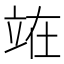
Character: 𫞼